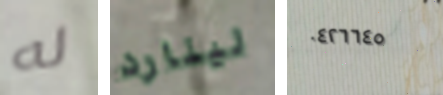
له لينارد ٠٤٢٦٦٤٥